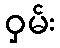
ဝှမ်း